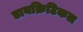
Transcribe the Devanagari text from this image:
डायक्रिटिकल